Vaccination in Burma 1920-1933 - 1920-1933
Year: 1920
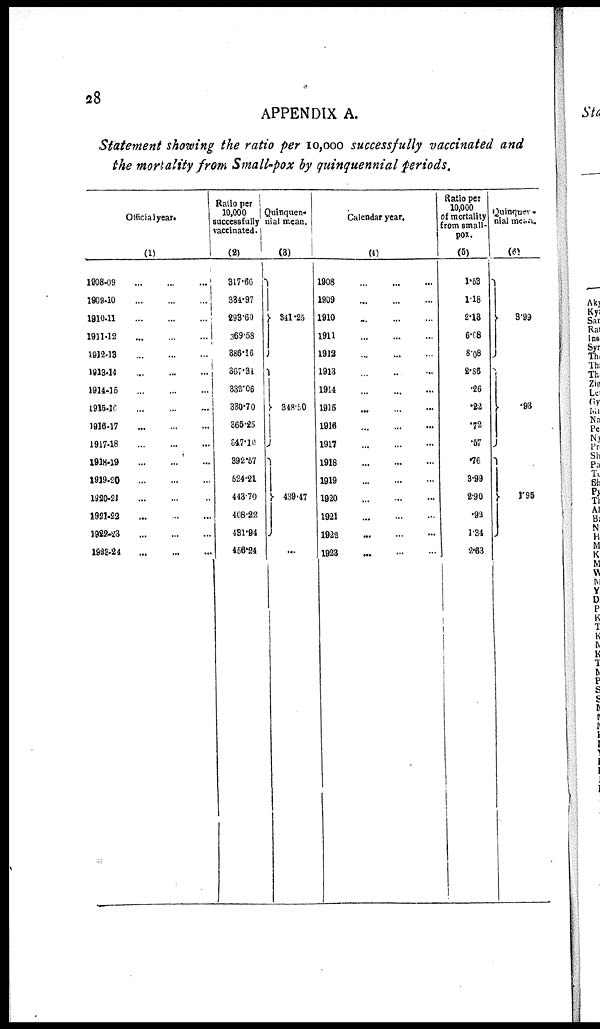
28
APPENDIX A.
Statement showing the ratio per 10,000 successfully vaccinated and
the mortality from Small-pox by quinquennial periods.
Officialyear.
(1)
1908-09
...
...
...
1009-10
...
...
...
1910-11
...
...
...
1911-12 ... ... ...
1912-13
...
...
...
1913-14 ... ... ...
1914-15
...
...
...
1915-16
...
...
...
1916-17 ... ... ...
1917-18
...
...
...
1918-19
...
...
...
1919-20
...
...
...
1920-21
...
...
...
1921-22
...
...
...
1922-23
...
...
...
1923-24
...
...
...
Ratio per
10,000
successfully
vaccinated.
(2)
317.66
334.97
293.60
369.58
386.16
867.34
332.06
330.70
365.25
347.19
392.57
524.21
443.70
408.22
431.94
456.24
Quinquen¬
nial mean.
(3)
841.25
348.50
439.47
... ... ...
Calendar year.
(4)
1908
...
...
...
1909 ... ... ...
1910
...
...
...
1911
...
...
...
1912
...
...
...
1913 ... ... ...
1914
...
...
...
1915 ... ... ...
1916
...
...
...
1917 ... ... ...
1918
...
...
...
1919
...
...
...
1920 ... ... ...
1921
...
...
...
1922 ... ... ...
1923
...
...
...
Ratio per
10,000
of mortality
from small-
pox.
(5)
1.53
1.18
2.13
6.08
8.08
2.86
.26
.22
.72
.57
.76
3.99
2.90
.92
1.34
2.63
Quinquer¬
nial mean.
(6)
3.99
.93
1.95